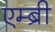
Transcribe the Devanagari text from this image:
एम्ब्री